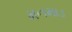
મનમાડ